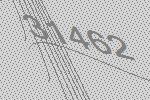
31462